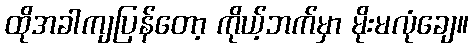
ထိုအခါကျပြန်တော့ ကိုယ့်ဘက်မှာ မိုးမလုံချေ။